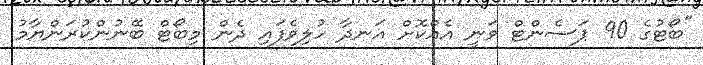
"ބޯޓުގެ 90 ޕަސެންޓް ވަނީ އެއްކޮށް އަނދާ ހުލިވެފައި ދެން މިބޯޓް ބޭނުންކުރަންޔާމު